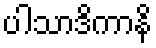
ပါသာဒိကာနိ